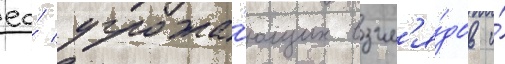
ео́ угрожа́ющих взгл'я́дов и́